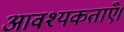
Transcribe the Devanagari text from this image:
आवश्यकताएँ।